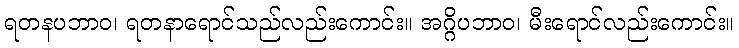
ရတနပဘာဝ၊ ရတနာရောင်သည်လည်းကောင်း။ အဂ္ဂိပဘာဝ၊ မီးရောင်လည်းကောင်း။